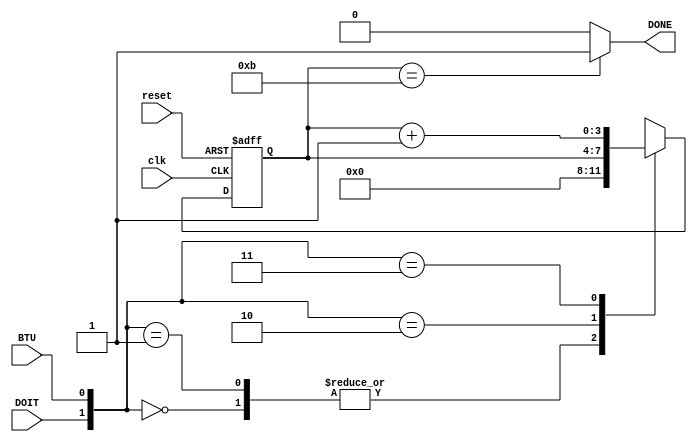
`timescale 1ns / 1ps
//////////////////////////////////////////////////////////////////////////////////
// Company: 
// Engineer: 
// 
// Design Name: 
// Module Name:    Bit_Counter 
// Project Name: 
// Target Devices: 
// Tool versions: 
// Description: 
//
// Dependencies: 
//
// Revision: 
// Revision 0.01 - File Created
// Additional Comments: 
//
//////////////////////////////////////////////////////////////////////////////////
module Bit_Counter(clk, reset, BTU, DOIT, DONE );

input clk, reset, BTU, DOIT;
output DONE;

reg [3:0] D_Out, n_D_Out;

always @ (posedge clk, posedge reset)
begin
   
	if(reset)
	   D_Out <= 4'b0;
	else
	   D_Out <= n_D_Out;
		
end

always @ (*)
begin

   case( {DOIT,BTU} )
	      2'b00: n_D_Out <= 4'b0;
		   2'b01: n_D_Out <= 4'b0;
		   2'b10: n_D_Out <= D_Out;
		   2'b11: n_D_Out <= D_Out + 4'b1;
		 default: n_D_Out <= D_Out;
		endcase

end

assign DONE = (D_Out == 4'd11) ? 1'b1 : 1'b0;

endmodule